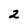
Character: 2